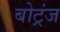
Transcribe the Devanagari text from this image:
बोट्रंज